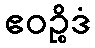
ဧဝဉ္စိဒံ